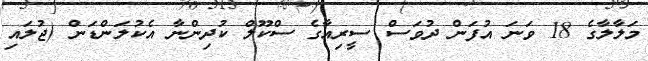
މަލާލާގެ 18 ވަނަ އުފަން ދުވަސް ސީރިއާގެ ސްކޫލް ކުދިންނާ އެކުލަންޑަން (ޖުލައި